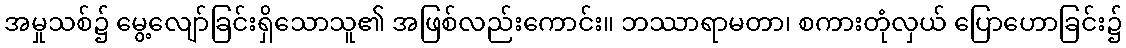
အမှုသစ်၌ မွေ့လျော်ခြင်းရှိသောသူ၏ အဖြစ်လည်းကောင်း။ ဘဿာရာမတာ၊ စကားတုံလှယ် ပြောဟောခြင်း၌